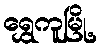
ရွှေကူမြို့